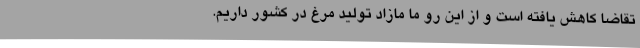
تقاضا کاهش یافته است و از این رو ما مازاد تولید مرغ در کشور داریم.